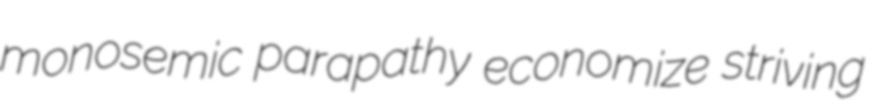
monosemic parapathy economize striving